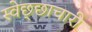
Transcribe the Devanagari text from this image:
स्वेछ्छाचारी